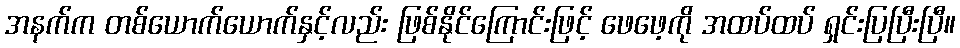
အနက်က တစ်ယောက်ယောက်နှင့်လည်း ဖြစ်နိုင်ကြောင်းဖြင့် ဖေဖေ့ကို အထပ်ထပ် ရှင်းပြပြီးပြီ။